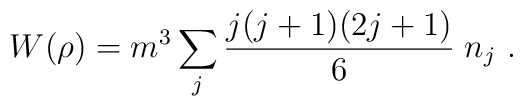
W{(\rho)} = m^3 \sum_j  \frac{j(j+1)(2j+1)}{6}  \;n_{j} \ .